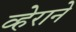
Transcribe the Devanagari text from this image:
व्हेराने